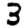
Digit: 3